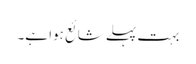
بہت پہلے شائع ہوا ہے۔